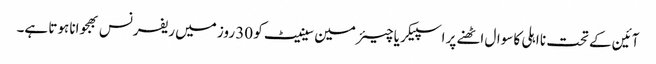
آئین کے تحت نا اہلی کا سوال اٹھنے پر اسپیکر یا چیئرمین سینیٹ کو 30 روز میں ریفرنس بھجوانا ہوتا ہے۔